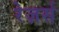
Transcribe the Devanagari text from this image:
रेज़र्स